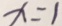
x = 1